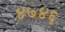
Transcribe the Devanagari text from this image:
४७४६